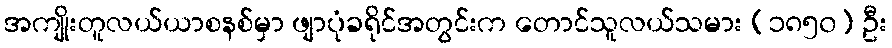
အကျိုးတူလယ်ယာစနစ်မှာ ဖျာပုံခရိုင်အတွင်းက တောင်သူလယ်သမား (၁၈၅၀) ဦး